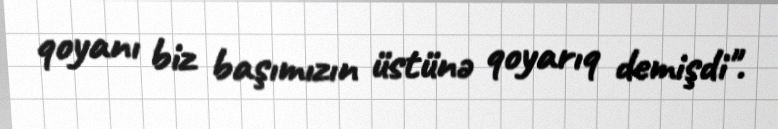
qoyanı biz başımızın üstünə qoyarıq demişdi".